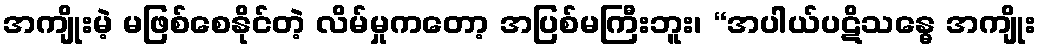
အကျိုးမဲ့ မဖြစ်စေနိုင်တဲ့ လိမ်မှုကတော့ အပြစ်မကြီးဘူး၊ “အပါယ်ပဋိသန္ဓေ အကျိုး